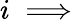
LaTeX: i\implies